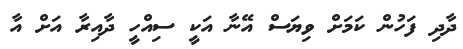
ދާދި ފަހުން ކަމަށް ވިޔަސް އޭނާ އަކީ ސިއްހީ ދާއިރާ އަށް އާ